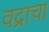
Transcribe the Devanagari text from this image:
वद्राचा